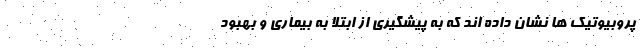
پروبیوتیک ها نشان داده اند که به پیشگیری از ابتلا به بیماری و بهبود